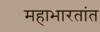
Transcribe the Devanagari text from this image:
महाभारतांत